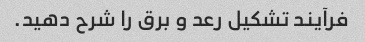
فرآیند تشکیل رعد و برق را شرح دهید.